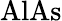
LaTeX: \mathrm{{AlAs}}